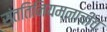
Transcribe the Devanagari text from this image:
संततिनियमनाचीच